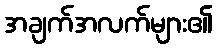
အချက်အလက်များ၏